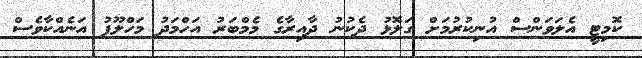
ކޮމިޓީ އެލަވަންސް އުނިކުރުމަށް ގަލޮޅު ދެކުނު ދާއިރާގެ މެމްބަރު އަހްމަދު މަހްލޫފު އަނެއްކާވެސް